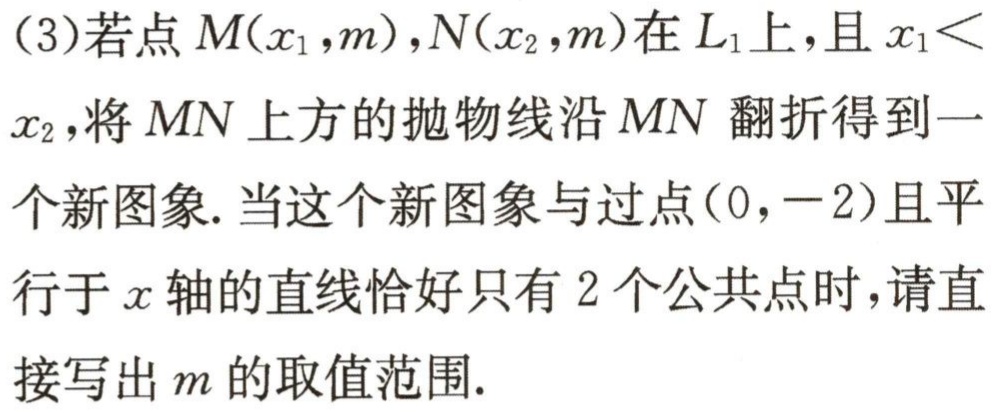
(3)若点$M(x_{1},m),N(x_{2},m)$在$L_{1}$上，且$x_{1}<x_{2}$，将$MN$上方的抛物线沿$MN$翻折得到一个新图象. 当这个新图象与过点$(0,-2)$且平行于$x$轴的直线恰好只有$2$个公共点时，请直接写出$m$的取值范围.